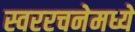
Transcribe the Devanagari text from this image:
स्वररचनेमध्ये